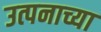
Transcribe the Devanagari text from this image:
उत्पनाच्या